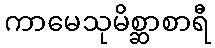
ကာမေသုမိစ္ဆာစာရီ